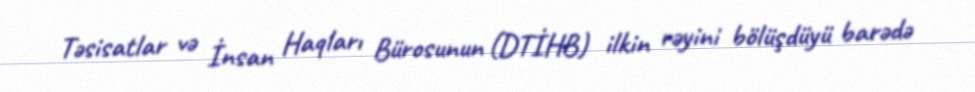
Təsisatlar və İnsan Haqları Bürosunun (DTİHB) ilkin rəyini bölüşdüyü barədə